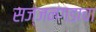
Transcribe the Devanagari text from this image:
सज्जनगडाचा